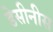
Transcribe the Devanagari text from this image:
डेसीनीस